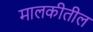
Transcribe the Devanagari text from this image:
मालकीतील